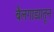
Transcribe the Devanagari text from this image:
बैलगाड्यातून